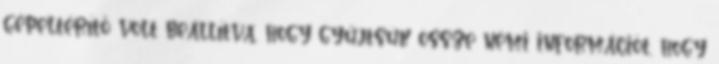
gépeltérítő volt beállítva, hogy gyűjtsük össze némi információt, hogy